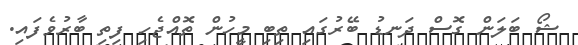
ޝޯ ބަލަން ގޮސް ދަނޑު ބޭރުގައި ތިބި މީހުން ތޮއްޖެހި ފިތި ބާރުވެފައި.